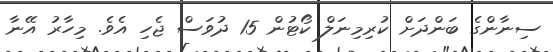
ސިނާންގެ ބަންދަށް ކުރިމިނަލް ކޯޓުން 15 ދުވަސް ޖެހި އެވެ. މިހާރު އޭނާ